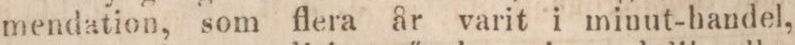
mendation, som flera år varit i minut-handel,